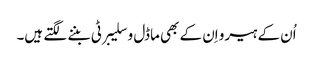
اُن کے ہیرو اِن کے بھی ماڈل و سلیبرٹی بننے لگتے ہیں۔